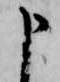
申